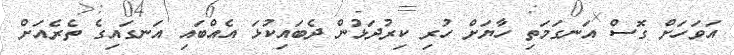
އަވަހަށް ގޮސް އަނގަމަތި ހާޔަށް ހުރި ކިރުދަޅުން ދެބައިކުޅަ އެއްބައި އަނގައިގެ ތެރެއަށް